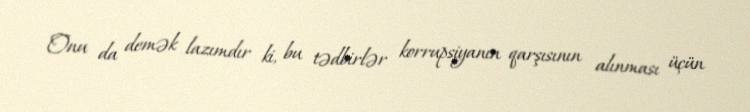
Onu da demək lazımdır ki, bu tədbirlər korrupsiyanın qarşısının alınması üçün